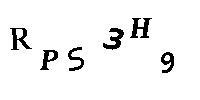
RPS3H9